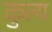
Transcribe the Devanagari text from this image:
कुत्य